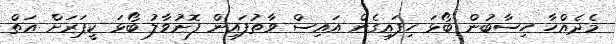
މެދެއްހާ ހިސާބުން ބޯޅަ ހިފައިގެން އައިސް ވާތުފައިން ފޮނުވާލު ބޯޅަ ކީޕަރަށް އަތް